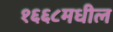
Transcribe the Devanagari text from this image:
१६६८मधील